Lunatic asylums Madras 1877-1891 - 1877-1891
Year: 1877
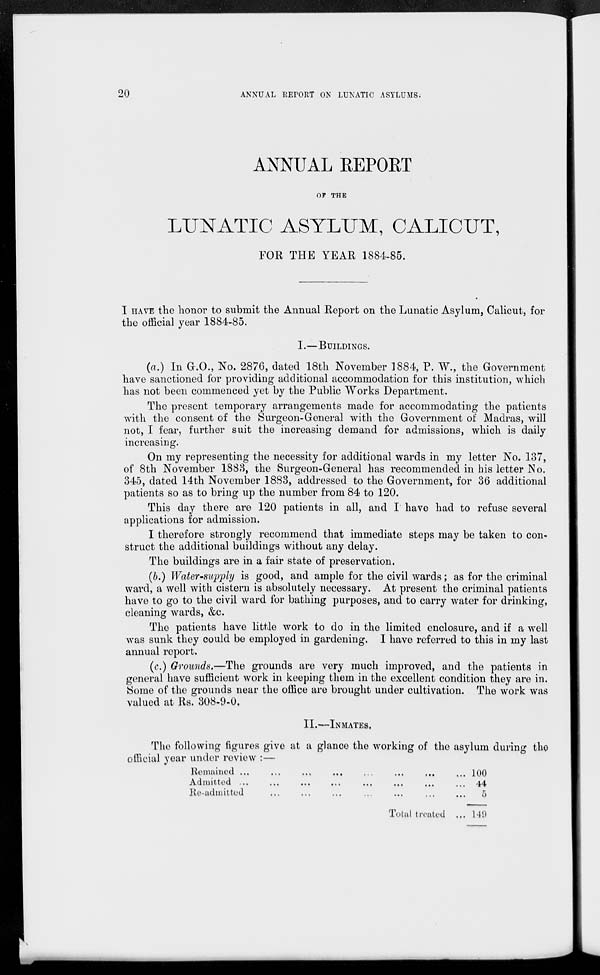
20
ANNUAL REPORT ON LUNATIC ASYLUMS.
ANNUAL REPORT
OF THE
LUNATIC ASYLUM, CALICUT,
FOR THE YEAR 1884-85.
I HAVE the honor to submit the Annual Report on the Lunatic Asylum, Calicut, for
the official year 1884-85.
I.—BUILDINGS.
(a.) In G.O., No. 2876, dated 18th November 1884, P. W., the Government
have sanctioned for providing additional accommodation for this institution, which
has not been commenced yet by the Public Works Department.
The present temporary arrangements made for accommodating the patients
with the consent of the Surgeon-General with the Government of Madras, will
not, I fear, further suit the increasing demand for admissions, which is daily
increasing.
On my representing the necessity for additional wards in my letter No. 137,
of 8th November 1883, the Surgeon-General has recommended in his letter No.
345, dated 14th November 1883, addressed to the Government, for 36 additional
patients so as to bring up the number from 84 to 120.
This day there are 120 patients in all, and I have had to refuse several
applications for admission.
I therefore strongly recommend that immediate steps may be taken to con-
struct the additional buildings without any delay.
The buildings are in a fair state of preservation.
(b.) Water-supply is good, and ample for the civil wards; as for the criminal
ward, a well with cistern is absolutely necessary. At present the criminal patients
have to go to the civil ward for bathing purposes, and to carry water for drinking,
cleaning wards, &c.
The patients have little work to do in the limited enclosure, and if a well
was sunk they could be employed in gardening. I have referred to this in my last
annual report.
(c.) Grounds.—The grounds are very much improved, and the patients in
general have sufficient work in keeping them in the excellent condition they are in.
Some of the grounds near the office are brought under cultivation. The work was
valued at Rs. 308-9-0,
II.—INMATES.
The following figures give at a glance the working of the asylum during the
official year under review :—
Remained
...
...
...
...
...
...
...
...
Admitted ... ... ... ... ... ... ... ...
Re-admitted ... ... ... ... ... ... ...
Total treated ...
100
44
5
149